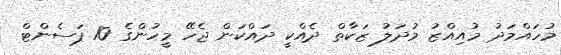
މުހައްމަދު މުއިއްޒު މުދަލު ޒަކާތް ދެއްކީ ދައްކަން ޖެހޭ މީހުންގެ 10 ޕަސެންޓް